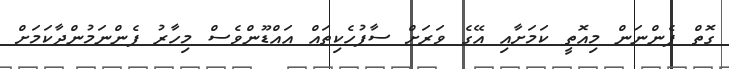
ގޮތް ފެންނަން މިއޮތީ ކަމަށާއި އޭގެ ވަރަށް ސާފުހެކިތައް އައްޑޫންވެސް މިހާރު ފެންނަމުންދާކަމަށް